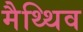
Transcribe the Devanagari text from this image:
मैथ्थिव